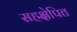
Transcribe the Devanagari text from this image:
सहक्षेपित